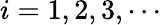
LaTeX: i=1,2,3,\cdots